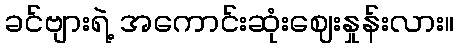
ခင်ဗျားရဲ့ အကောင်းဆုံးဈေးနှုန်းလား။